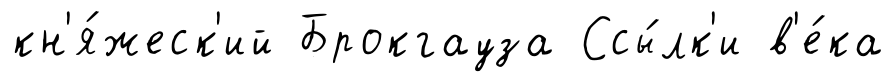
кн'я́жеск'ий Брокгауза Ссы́лк'и в'е́ка